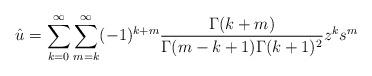
LaTeX: \begin{align*}{\hat u}=\sum_{k=0}^{\infty}\sum_{m=k}^{\infty}(-1)^{k+m}\frac{\Gamma(k+m)}{\Gamma(m-k+1)\Gamma(k+1)^2}z^k s^m\end{align*}